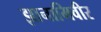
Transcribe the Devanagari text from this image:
झानामिवीर